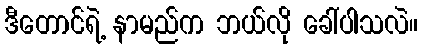
ဒီတောင်ရဲ့ နာမည်က ဘယ်လို ခေါ်ပါသလဲ။